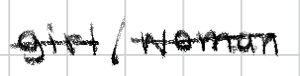
Text: girl/woman
Cross-out: single-line
Writing tool: digital_black